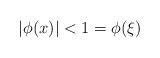
LaTeX: \begin{align*}|\phi(x)|<1=\phi(\xi)\end{align*}